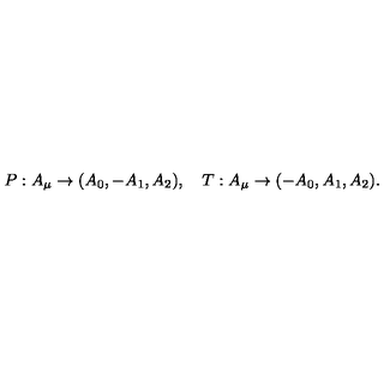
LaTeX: P : A _ { \mu } \rightarrow ( A _ { 0 } , - A _ { 1 } , A _ { 2 } ) , \quad T : A _ { \mu } \rightarrow ( - A _ { 0 } , A _ { 1 } , A _ { 2 } ) .